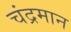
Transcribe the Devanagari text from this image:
चंद्रमान